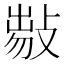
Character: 𢾈